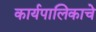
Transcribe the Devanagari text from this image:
कार्यपालिकाचे